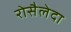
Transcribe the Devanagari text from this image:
रोसैलेदा